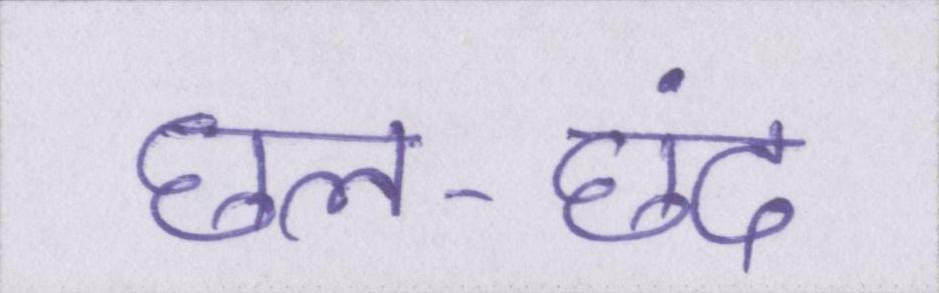
छल-छंद